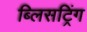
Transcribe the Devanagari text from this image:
ब्लिसट्रिंग